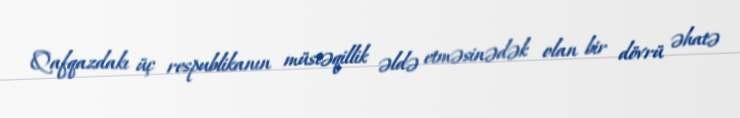
Qafqazdakı üç respublikanın müstəqillik əldə etməsinədək olan bir dövrü əhatə